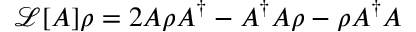
\mathcal { L } [ A ] \rho = 2 A \rho A ^ { \dagger } - A ^ { \dagger } A \rho - \rho A ^ { \dagger } A